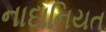
નાદાનિયત